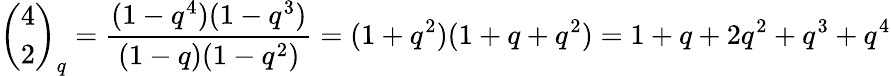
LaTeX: {\binom{4}{2}}_{q}={\frac{(1-q^{4})(1-q^{3})}{(1-q)(1-q^{2})}}=(1+q^{2})(1+q+q^{2})=1+q+2q^{2}+q^{3}+q^{4}